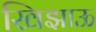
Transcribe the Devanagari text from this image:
खिझाऊ